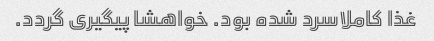
غذا کاملاسرد شده بود. خواهشا پیگیری گردد.